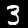
Label: 3